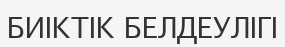
БИІКТІК БЕЛДЕУЛІГІ